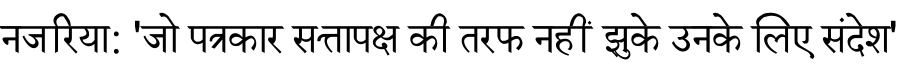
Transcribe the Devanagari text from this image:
नजरिया: 'जो पत्रकार सत्तापक्ष की तरफ नहीं झुके उनके लिए संदेश'